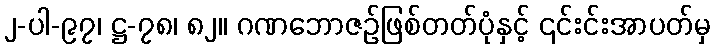
၂-ပါ-၉၇၊ ဋ္ဌ-၇၈၊ ၈၂။ ဂဏဘောဇဉ်ဖြစ်တတ်ပုံနှင့် ၎င်းင်းအာပတ်မှ